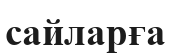
сайларға